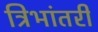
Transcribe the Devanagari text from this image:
त्रिभांतरी